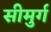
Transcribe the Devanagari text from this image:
सीमुर्ग